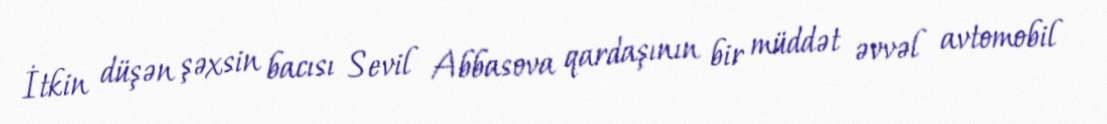
İtkin düşən şəxsin bacısı Sevil Abbasova qardaşının bir müddət əvvəl avtomobil